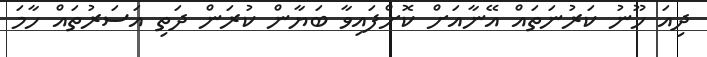
ދިއަ ހޫނު ކަރުނަތައް އޭނާއަށް ކޮށްފައިވާ ބަޔާން ކުރަން ދަތި އަސަރުތައް ހާމަ